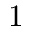
1